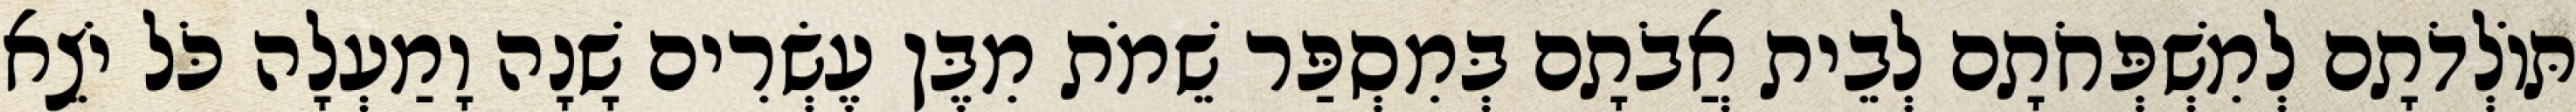
תּוֹלְדֹתָם לְמִשְׁפְּחֹתָם לְבֵית אֲבֹתָם בְּמִסְפַּר שֵׁמֹת מִבֶּן עֶשְׂרִים שָׁנָה וָמַעְלָה כֹּל יֹצֵא